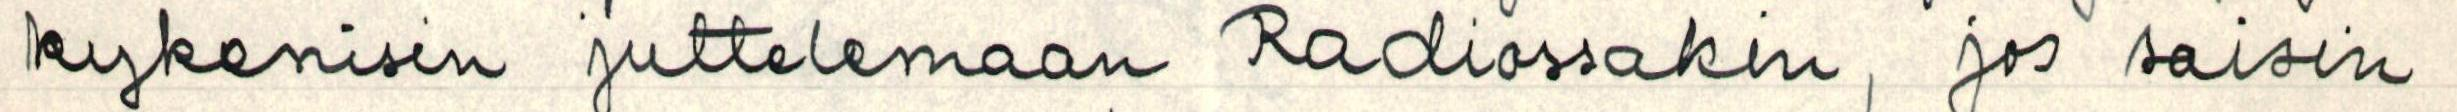
kykenisin juttelemaan radiossakin, jos saisin